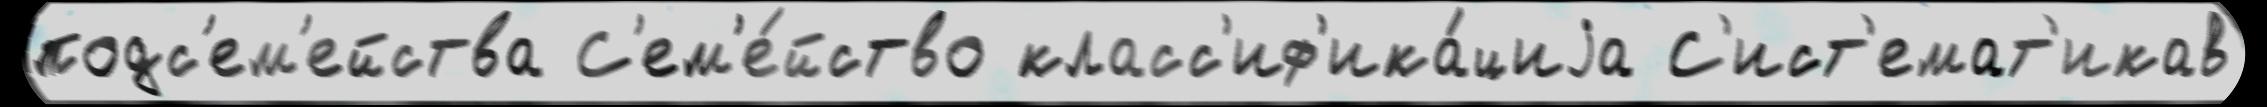
подс'ем'ейства С'ем'е́йство класс'иф'ика́циjа С'ист'емат'икав